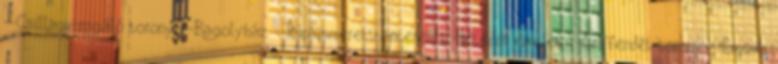
--Csillagvizsgáló torony --Bagolyház --Rúnaismeret tanterem --Hetedik emelet --Griffendél-torony --Északi